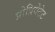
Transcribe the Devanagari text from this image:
प्रोप्रियेटेट